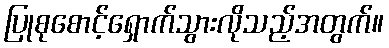
ပြုစုစောင့်ရှောက်သွားလိုသည့်အတွက်။